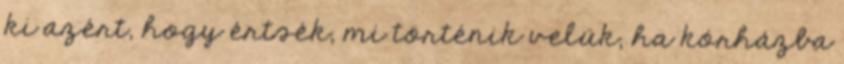
ki azért, hogy értsék, mi történik velük, ha kórházba